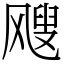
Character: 飕